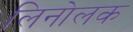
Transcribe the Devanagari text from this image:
लिनोलक